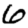
Digit: 6